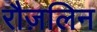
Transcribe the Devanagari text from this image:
रौज़लिन